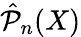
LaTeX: \hat{\mathcal{P}}_{n}(X)